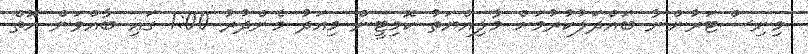
މިނިސްޓަރުންނާ ބައްދަލުކުރުމަށް މާލިއްޔަތު ކޮމިޓީން މިއަދު މެންދުރު 1:00 ގައި ބާއްވަން އޮތް